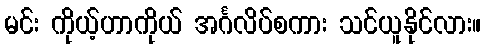
မင်း ကိုယ့်ဟာကိုယ် အင်္ဂလိပ်စကား သင်ယူနိုင်လား။